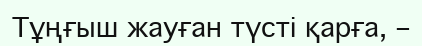
Тұңғыш жауған түсті қарға, –